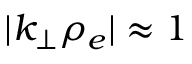
| k _ { \perp } \rho _ { e } | \approx 1